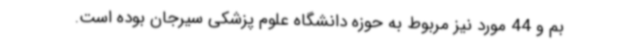
بم و 44 مورد نیز مربوط به حوزه دانشگاه علوم پزشکی سیرجان بوده است.